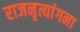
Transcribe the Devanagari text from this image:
राजनृत्यांगना